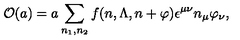
{ \cal O } ( a ) = a \sum _ { n _ { 1 } , n _ { 2 } } f ( n , \Lambda , n + \varphi ) \epsilon ^ { \mu \nu } n _ { \mu } \varphi _ { \nu } ,